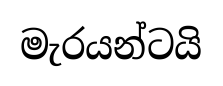
මැරයන්ටයි